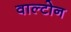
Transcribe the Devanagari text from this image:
वाल्टोन